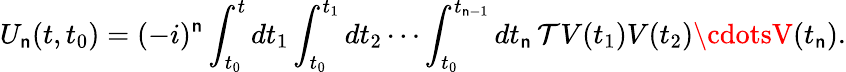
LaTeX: U_{\mathsf{n}}(t,t_{0})=(-i)^{\mathsf{n}}\int_{t_{0}}^{t}dt_{1}\int_{t_{0}}^{t_{1}}dt_{2}\cdots\int_{t_{0}}^{t_{\mathsf{n}-1}}dt_{\mathsf{n}}\, {\mathcal{{T}}}V(t_{1})V(t_{2})\cdotsV(t_{\mathsf{n}}).